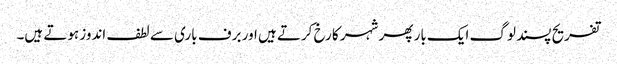
تفریح پسند لوگ ایک بار پھر شہر کا رخ کرتے ہیں اور برف باری سے لطف اندوز ہوتے ہیں۔